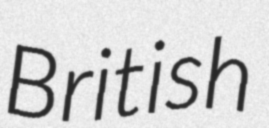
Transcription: British